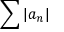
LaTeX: \sum | a _ { n } |